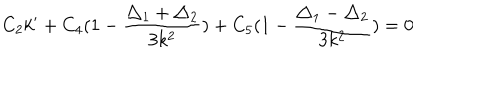
C _ { 2 } k ^ { \prime } + C _ { 4 } ( 1 - \frac { \triangle _ { 1 } + \triangle _ { 2 } } { 3 k ^ { 2 } } ) + C _ { 5 } ( 1 - \frac { \triangle _ { 1 } - \triangle _ { 2 } } { 3 k ^ { 2 } } ) = 0